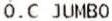
O.C JUMBO